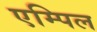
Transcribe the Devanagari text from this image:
एम्पिल